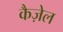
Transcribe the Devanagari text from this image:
कैज़ेल